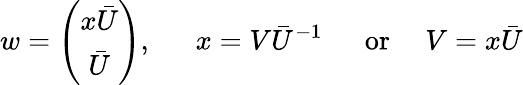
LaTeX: w=\left(\begin{array}{c}{{x\bar{U}}}\\ {{\bar{U}}}\end{array}\right),~~~~~~x=V\bar{U}^{-1}~~~~~~\mathrm{or}~~~~~V=x\bar{U}